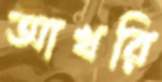
আখরি